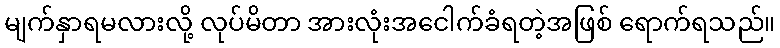
မျက်နှာရမလားလို့ လုပ်မိတာ အားလုံးအငေါက်ခံရတဲ့အဖြစ် ရောက်ရသည်။